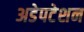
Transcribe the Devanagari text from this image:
अडेपटेशन